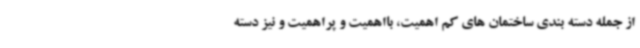
از جمله دسته بندی ساختمان های کم اهمیت، بااهمیت و پراهمیت و نیز دسته